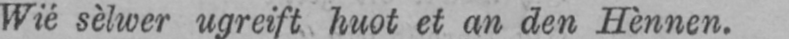
Wié sèlwer ugreift huot et an den Hènnen.